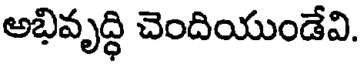
అభివృద్ధి చెందియుండేవి.